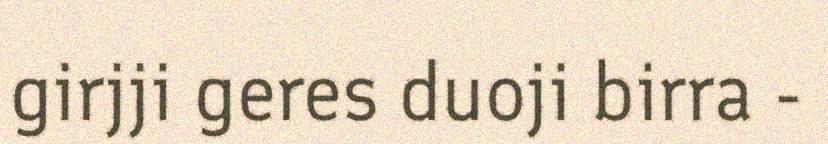
girjji geres duoji birra -